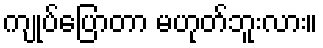
ကျုပ်ပြောတာ မဟုတ်ဘူးလား။